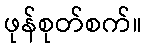
ဖုန်စုတ်စက်။